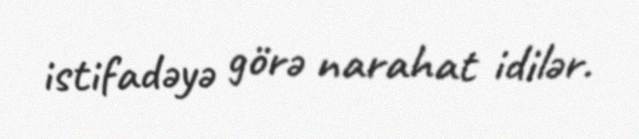
istifadəyə görə narahat idilər.